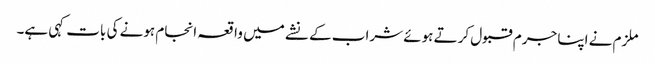
ملزم نے اپنا جرم قبول کرتے ہوئے شراب کے نشے میں واقعہ انجام ہونے کی بات کہی ہے۔